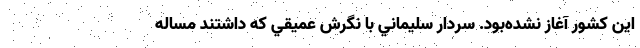
اين كشور آغاز نشده‌بود. سردار سليماني با نگرش عميقي كه داشتند مساله